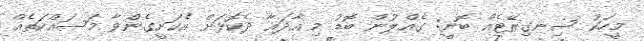
މީހަކު ސިނގިރޭޓެއް ބޮނީ: ގެއްލުން ބޮޑު މި އާދައާ ދެކޮޅަށް އެކަށީގެންވާ މަސައްކަތެއް